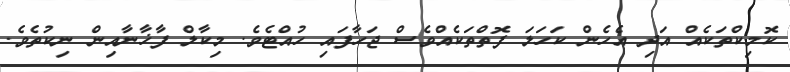
ކޮމިކްތަކެއް އަދި އެހެން ކަހަލަ ފޮތްތަކެއްވެސް ޖަހާފައި ހުއްޓެވެ. މިކާލް ފާޚާނާއިން ނިކުތެވެ.